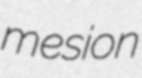
mesion